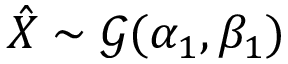
\hat { X } \sim \mathcal G ( \alpha _ { 1 } , \beta _ { 1 } )